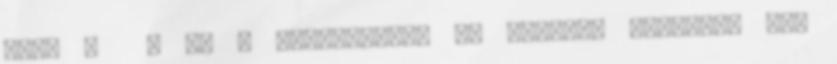
van. 3 3 3. A bejegyzések és modulok háttere. Egy